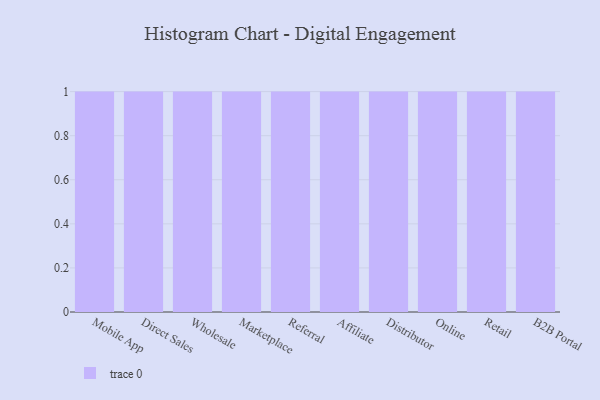
{"axis": {"x": "Channel", "y": "LTV (USD)"}, "legend": [""], "data": [{"x": "Mobile App", "y": 90, "type": ""}, {"x": "Direct Sales", "y": 32, "type": ""}, {"x": "Wholesale", "y": 36, "type": ""}, {"x": "Marketplace", "y": 21, "type": ""}, {"x": "Referral", "y": 16, "type": ""}, {"x": "Affiliate", "y": 21, "type": ""}, {"x": "Distributor", "y": 58, "type": ""}, {"x": "Online", "y": 90, "type": ""}, {"x": "Retail", "y": 46, "type": ""}, {"x": "B2B Portal", "y": 96, "type": ""}]}